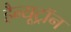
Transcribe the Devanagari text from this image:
हैन्यूट्रॉन